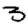
Digit: 3